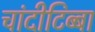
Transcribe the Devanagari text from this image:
चांदीटिब्बा